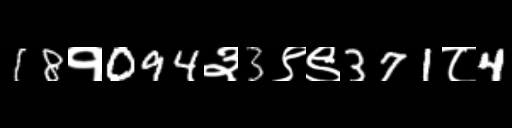
Text: 18१094३3९९371८4